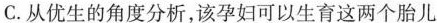
C.从优生的角度分析，该孕妇可以生育这两个胎儿